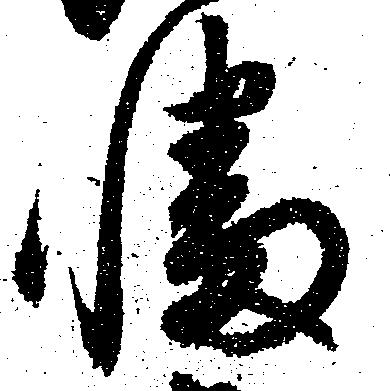
幡